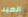
العيد